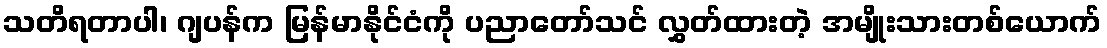
သတိရတာပါ၊ ဂျပန်က မြန်မာနိုင်ငံကို ပညာတော်သင် လွှတ်ထားတဲ့ အမျိုးသားတစ်ယောက်